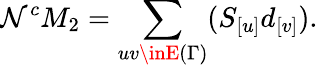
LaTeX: \mathcal{N}^{c}M_{2}=\sum_{uv\inE{(\Gamma)}}(S_{[u]}d_{[v]}).